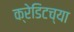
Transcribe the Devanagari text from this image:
क्रेडिटच्या